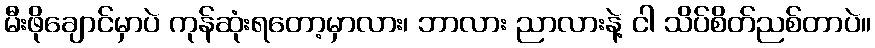
မီးဖိုချောင်မှာပဲ ကုန်ဆုံးရတော့မှာလား၊ ဘာလား ညာလားနဲ့ ငါ သိပ်စိတ်ညစ်တာပဲ။